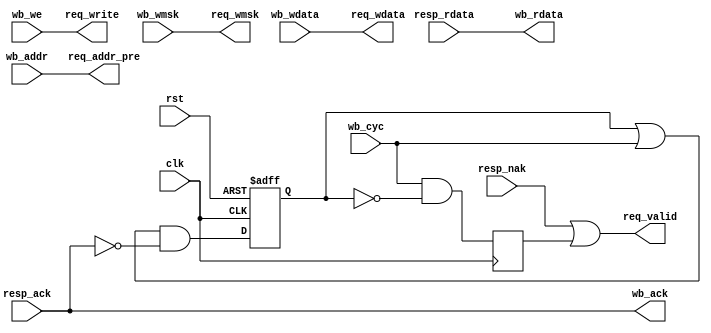
/*
 * mc_bus_wb.v
 *
 * vim: ts=4 sw=4
 *
 * Copyright (C) 2020  Sylvain Munaut <tnt@246tNt.com>
 * All rights reserved.
 *
 * BSD 3-clause, see LICENSE.bsd
 *
 * Redistribution and use in source and binary forms, with or without
 * modification, are permitted provided that the following conditions are met:
 *     * Redistributions of source code must retain the above copyright
 *       notice, this list of conditions and the following disclaimer.
 *     * Redistributions in binary form must reproduce the above copyright
 *       notice, this list of conditions and the following disclaimer in the
 *       documentation and/or other materials provided with the distribution.
 *     * Neither the name of the <organization> nor the
 *       names of its contributors may be used to endorse or promote products
 *       derived from this software without specific prior written permission.
 *
 * THIS SOFTWARE IS PROVIDED BY THE COPYRIGHT HOLDERS AND CONTRIBUTORS "AS IS" AND
 * ANY EXPRESS OR IMPLIED WARRANTIES, INCLUDING, BUT NOT LIMITED TO, THE IMPLIED
 * WARRANTIES OF MERCHANTABILITY AND FITNESS FOR A PARTICULAR PURPOSE ARE
 * DISCLAIMED. IN NO EVENT SHALL <COPYRIGHT HOLDER> BE LIABLE FOR ANY
 * DIRECT, INDIRECT, INCIDENTAL, SPECIAL, EXEMPLARY, OR CONSEQUENTIAL DAMAGES
 * (INCLUDING, BUT NOT LIMITED TO, PROCUREMENT OF SUBSTITUTE GOODS OR SERVICES;
 * LOSS OF USE, DATA, OR PROFITS; OR BUSINESS INTERRUPTION) HOWEVER CAUSED AND
 * ON ANY THEORY OF LIABILITY, WHETHER IN CONTRACT, STRICT LIABILITY, OR TORT
 * (INCLUDING NEGLIGENCE OR OTHERWISE) ARISING IN ANY WAY OUT OF THE USE OF THIS
 * SOFTWARE, EVEN IF ADVISED OF THE POSSIBILITY OF SUCH DAMAGE.
 */

`default_nettype none

module mc_bus_wb #(
	parameter integer ADDR_WIDTH = 24,

	// auto
	parameter integer BL = ADDR_WIDTH - 1
)(
	// Wishbone bus
	input  wire [BL:0] wb_addr,
	input  wire [31:0] wb_wdata,
	input  wire [ 3:0] wb_wmsk,
	output wire [31:0] wb_rdata,
	input  wire        wb_cyc,
	input  wire        wb_we,
	output wire        wb_ack,

	// Request output
	output wire [BL:0] req_addr_pre,	// 1 cycle early

	output wire        req_valid,

	output wire        req_write,
	output wire [31:0] req_wdata,
	output wire [ 3:0] req_wmsk,

	// Response input
	input  wire        resp_ack,
	input  wire        resp_nak,
	input  wire [31:0] resp_rdata,

	// Common
	input  wire clk,
	input  wire rst
);
	// Control path
	reg pending;
	reg new;

	always @(posedge clk or posedge rst)
		if (rst)
			pending <= 1'b0;
		else
			pending <= (pending | wb_cyc) & ~resp_ack;

	always @(posedge clk)
		new <= wb_cyc & ~pending;

	assign req_addr_pre = wb_addr;
	assign req_valid = resp_nak | new;

	assign wb_ack = resp_ack;

	// Write path
	assign req_write = wb_we;
	assign req_wdata = wb_wdata;
	assign req_wmsk  = wb_wmsk;

	// Read path
	assign wb_rdata  = resp_rdata;

endmodule